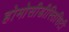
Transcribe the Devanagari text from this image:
होमोसीडीस्तिसिटी